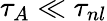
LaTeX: \tau_{A}\ll\tau_{nl}